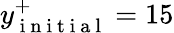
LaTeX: y_{\mathrm{~i~n~i~t~i~a~l~}}^{+}=15